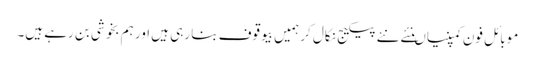
موبائل فون کمپنیاںنئے نئے پیکیج نکال کر ہمیں بیوقوف بنا رہی ہیں اور ہم بخوشی بن رہے ہیں۔